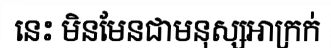
នេះ មិនមែនជាមនុស្សអាក្រក់